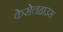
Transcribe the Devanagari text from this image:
केसेलहाउस